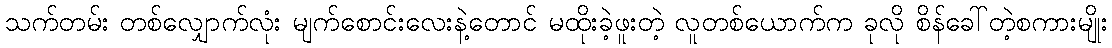
သက်တမ်း တစ်လျှောက်လုံး မျက်စောင်းလေးနဲ့တောင် မထိုးခဲ့ဖူးတဲ့ လူတစ်ယောက်က ခုလို စိန်ခေါ်တဲ့စကားမျိုး